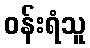
ဝန်းရံသူ